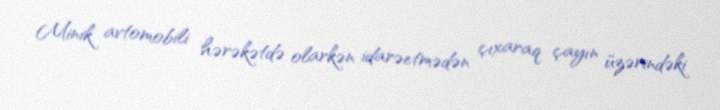
Minik avtomobili hərəkətdə olarkən idarəetmədən çıxaraq çayın üzərindəki